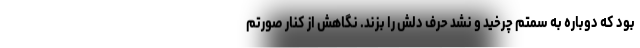
بود که دوباره به سمتم چرخید و نشد حرف دلش را بزند. نگاهش از کنار صورتم